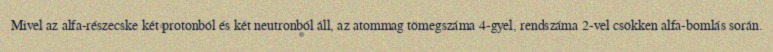
Mivel az alfa-részecske két protonból és két neutronból áll, az atommag tömegszáma 4-gyel, rendszáma 2-vel csökken alfa-bomlás során.